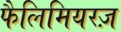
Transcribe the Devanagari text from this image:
फैलिमियरज़